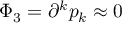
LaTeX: \Phi _ { 3 } = \partial ^ { k } p _ { k } \approx 0